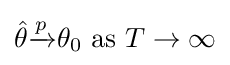
{\hat {\theta }}{\xrightarrow {p}}\theta _{0}\ {\text{as}}\ T\to \infty